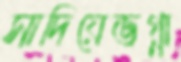
সাদিয়েভগ্না